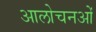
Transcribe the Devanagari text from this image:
आलोचनओं